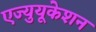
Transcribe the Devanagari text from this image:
एज्युयूकेशन